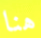
هنا